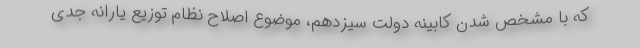
که با مشخص شدن کابینه دولت سیزدهم، موضوع اصلاح نظام توزیع یارانه جدی